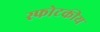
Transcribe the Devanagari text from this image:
स्फोटकीय